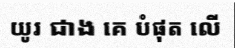
យូរ ជាង គេ បំផុត លើ